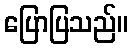
ပြောပြသည်။